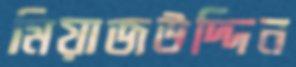
মিয়াজউদ্দিন